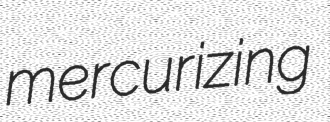
mercurizing